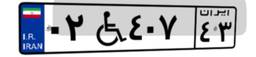
۰۲W۴۰۷۴۳